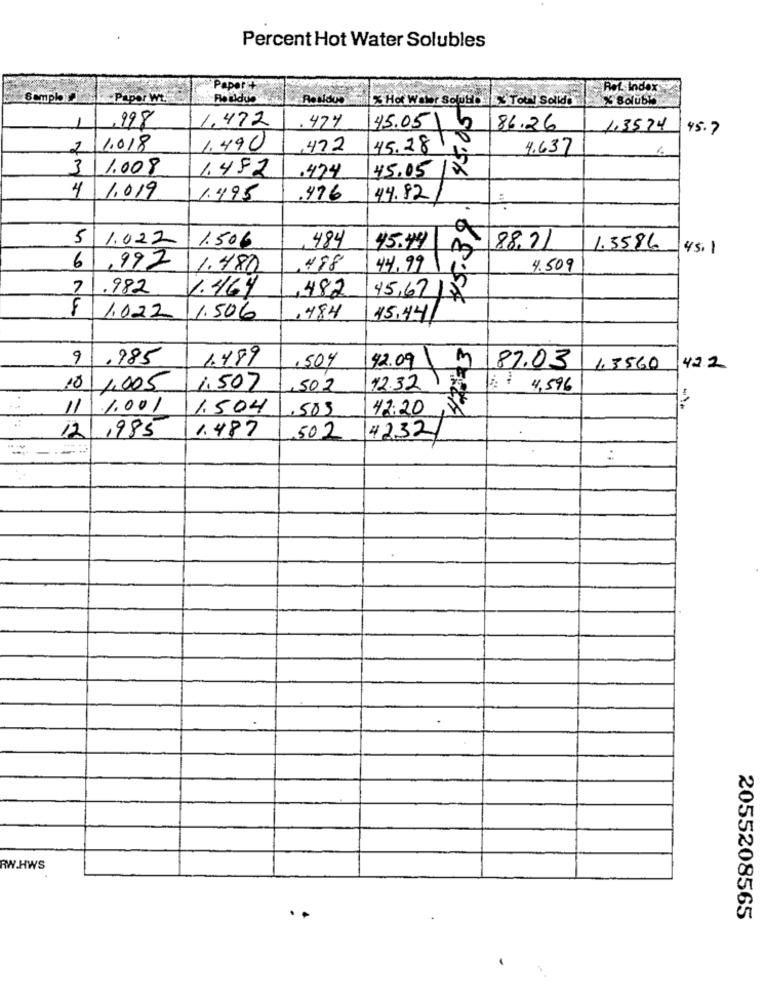
Percent Hot Water Solubles
Paper +
Ret. Index
Sempl
Papor Wt.
ResidUS
% Hot Water Soluble: X Total Solidi
, 998
474
1.472
45.05/ 6
86.26
1,3574
45.7
2
1.018
1.490
472
45.28 ,
4.637
6
3
1.008
1.482
45.05/2
.474
4
1.019
1.495
.476
44.92
9
1.50€
5 1.022
484
45.44
88.71
1.3586
45.1
6
,992
1.480
498
44.99
4.509
7
.982
1.464
482
45,67 /8
F
1.022
1.506
484
45,44
9
.985
1.489
M
187.03
.504
42.09\
1.3560
42.2
10
1,005
1.507
,502
12.32
4,596
11
1.001
1.504
.583
42:20
1.487
502
12/1985
4232
:
RW.HWS
2055208565